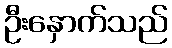
ဦးနှောက်သည်